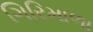
ગિરિમાળા